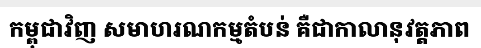
កម្ពុជាវិញ សមាហរណកម្មតំបន់ គឺជាកាលានុវត្តភាព